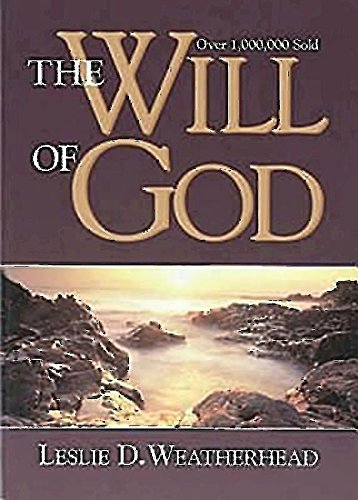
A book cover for The Will of God; Leslie D. Weatherhead; Christian Books & Bibles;